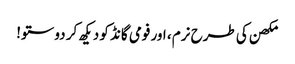
مکھن کی طرح نرم ، اور فومی گانڈ کو دیکھ کر دوستو!